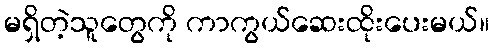
မရှိတဲ့သူတွေကို ကာကွယ်ဆေးထိုးပေးမယ်။